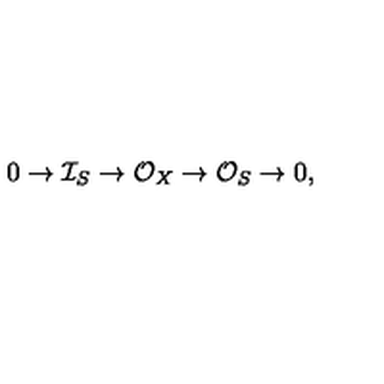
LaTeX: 0 \to \mathcal { I } _ { S } \to \mathcal { O } _ { X } \to \mathcal { O } _ { S } \to 0 ,